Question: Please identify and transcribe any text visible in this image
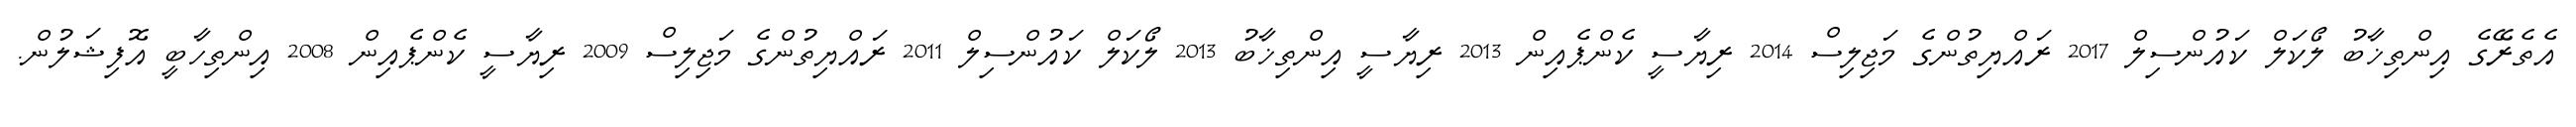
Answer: އެތެރޭގެ އިންތިޚާބު ލޯކަލް ކައުންސިލް 2017 ރައްޔިތުންގެ މަޖިލިސް 2014 ރިޔާސީ ކެންޕެއިން 2013 ރިޔާސީ އިންތިޚާބު 2013 ލޯކަލް ކައުންސިލް 2011 ރައްޔިތުންގެ މަޖިލިސް 2009 ރިޔާސީ ކެންޕެއިން 2008 އިންތިހާބީ އޮފިޝަލުން.